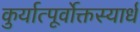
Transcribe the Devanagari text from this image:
कुर्यात्पूर्वोक्तस्यार्धं